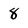
Character: 8